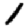
Digit: 1